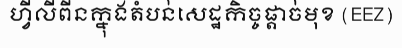
ហ្វីលីពីនក្នុងតំបន់សេដ្ឋកិច្ចផ្តាច់មុខ (EEZ)